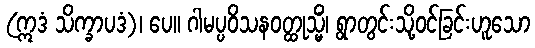
(ဣဒံ သိက္ခာပဒံ)၊ ပေ။ ဂါမပ္ပဝိသနဝတ္ထုသ္မိံ၊ ရွာတွင်းသို့ဝင်ခြင်းဟူသော